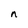
Character: n